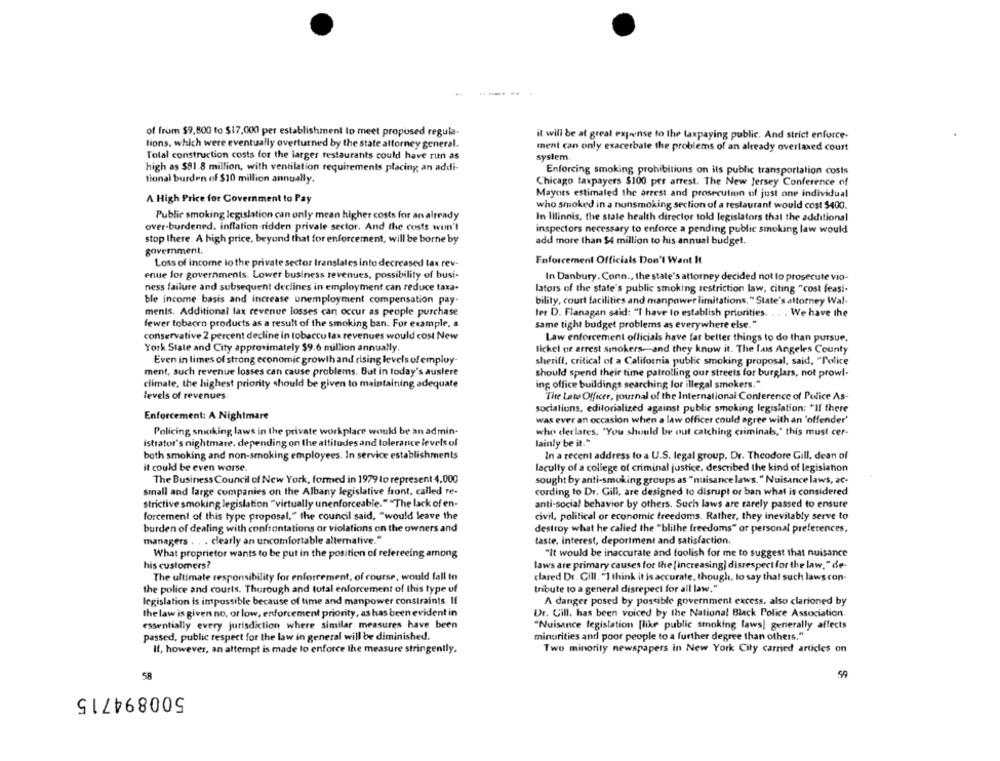
of from $9,800 to $17,000 per establishment lo meet proposed regula-
it will be at great expense to the taxpaying public. And strict enforce-
tions, which were eventually overturned by the state attorney general.
ment can only exacerbate the problems of an already overtaxed court
Total construction costs for the larger restaurants could have run as
system.
high as $81.8 million, with ventilation requirements placing an addi-
Enforcing smoking prohibitions on ils public transportation costs
tional burden of $10 million annually.
Chicago taxpayers $100 per arrest. The New Jersey Conference of
A High Price for Covernment to Pay
Mayors estimated the arrest and prosecution of just one individual
who smoked in a nonsmoking section of a restaurant would cost $400.
Public smoking legislation can only mean higher costs for an already
In Illinois, the state health director told legislators that the additional
over-burdened. inflation-ridden private sector. And the costs won't
inspectors necessary to enforce a pending public smoking law would
stop there. A high price, beyond that for enforcement, will be borne by
add more than $4 million to his annual budget.
government.
Loss of income lo the private sector translates into decreased tax rev-
Enforcement Officials Don't Want It
enue for governments. Lower business revenues, possibility of busi-
In Danbury, Conn ., the state's attorney decided not lo prosecute vio-
ness failure and subsequent declines in employment can reduce taxa-
lators of the state's public smoking restriction law, citing "cost feasi-
ble income basis and increase unemployment compensation pay.
bility, court facilities and manpower limitations." State's attorney Wal-
menis. Additional lax revenue losses can occur as people purchase
ler D. Flanagan said: "I have to establish priorities. . .
We have the
fewer tobacco products as a result of the smoking ban. For example. .
same tight budget problems as everywhere else."
conservative 2 percent decline in tobacco lax revenues would cost New
Law enforcement officials have far better things to do than pursue.
York State and City approximately $9.6 million annually.
lickel oe arrest smokers-and they know it. The Los Angeles County
Even in times of strong economic growth and rising levels of employ-
sheriff, critical of a California public smoking proposal, said, "Police
ment, such revenue losses can cause problems. But in today's auslere
should spend their time patrolling our streets for burglars, not prowl-
climate, the highest priority should be given to maintaining adequate
ing office buildings searching for illegal smokers."
levels of revenues
The Lato Officer, journal of the International Conference of Police As-
sociations, editorialized against public smoking legislation: "If there
Enforcement: A Nightmare
was ever an occasion when a law officer could agree with an 'offender'
Policing smoking laws in the private workplace would be an admin-
who derlates, "You should be out catching criminals," this must cer-
istrator's nightmare. depending on the attitudes and tolerance levels of
lainly be it."
both smoking and non-smoking employees. In service establishments
In a recent address to a U.S. legal group. Dr. Theodore Gill, dean of
it could be even worse.
faculty of a college of criminal justice, described the kind of legislation
The Business Council of New York, formed in 1979 to represent 4,000
sought by anti-smoking groups as "nuisance laws." Nuisance laws, ac-
small and large companies on the Albany legislative front, called re-
cording to Dr. Gill, are designed to disrupt or ban what is considered
strictive smoking legislation "virtually unenforceable.""The lack of en-
anti-social behavior by others. Such laws are rarely passed to ensure
forcement of this type proposal," the council said, "would leave the
civil, political or economic freedoms. Rather, they inevitably serve to
burden of dealing with confrontations or violations on the owners and
destroy what he called the "blithe freedoms" or personal preferences.
managers . . . clearly an uncomfortable alternative."
laste. interest, deportment and satisfaction.
What proprietor wants to be put in the position of refereeing among
"It would be inaccurate and foolish for me to suggest that nuisance
his customers?
laws are primary causes for the [ increasing] disrespect for the law," de-
The ultimate responsibility for enforcement, of course, would fall to
clared Dr. Gill, "I think it is accurate, though, to say that such laws con-
the police and courts. Thurough and total enforcement of this type of
tribute to a general disrepect for all law."
legislation is impossible because of time and manpower constraints. IE
A danger posed by possible government excess, also clarioned by
the law is given no, or low, enforcement priority, as has been evident in
Dr. Gill. has been voiced by the National Black Police Association.
essentially every jurisdiction where similar measures have been
"Nuisance legislation [like public smoking taws] generally affects
passed, public respect for the law in general will be diminished.
minorities and poor people to a further degree than others."
If, however, an attempt is made to enforce the measure stringently.
Two minority newspapers in New York City carried articles on
58
500894715